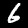
Digit: 6